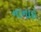
નાનાઇ